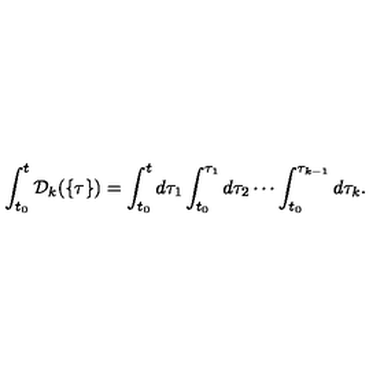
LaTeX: \int _ { t _ { 0 } } ^ { t } { \cal D } _ { k } ( \{ \tau \} ) = \int _ { t _ { 0 } } ^ { t } d \tau _ { 1 } \int _ { t _ { 0 } } ^ { \tau _ { 1 } } d \tau _ { 2 } \cdots \int _ { t _ { 0 } } ^ { \tau _ { k - 1 } } d \tau _ { k } .